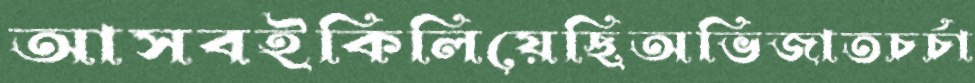
আসবইকিলিয়েছিঅভিজাতচর্চা